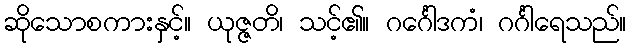
ဆိုသောစကားနှင့်။ ယုဇ္ဇတိ၊ သင့်၏။ ဂင်္ဂေါဒကံ၊ ဂင်္ဂါရေသည်။